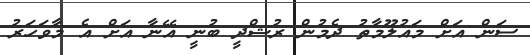
ސަން އަށް މައުލޫމާތު ދެމުން ރުޝްދީ ބުނީ އޭނާ އަށް އެ މާވަހަރު